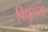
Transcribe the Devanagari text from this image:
विद्युत्प्रभा